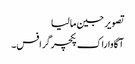
تصویر جین مالیا
آگاوا راک پکچرگرافس۔